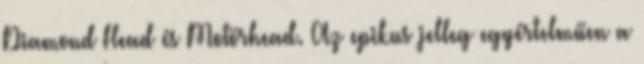
Diamond Head és Motörhead. Az epikus jelleg egyértelműen a